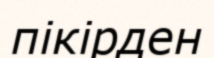
пікірден